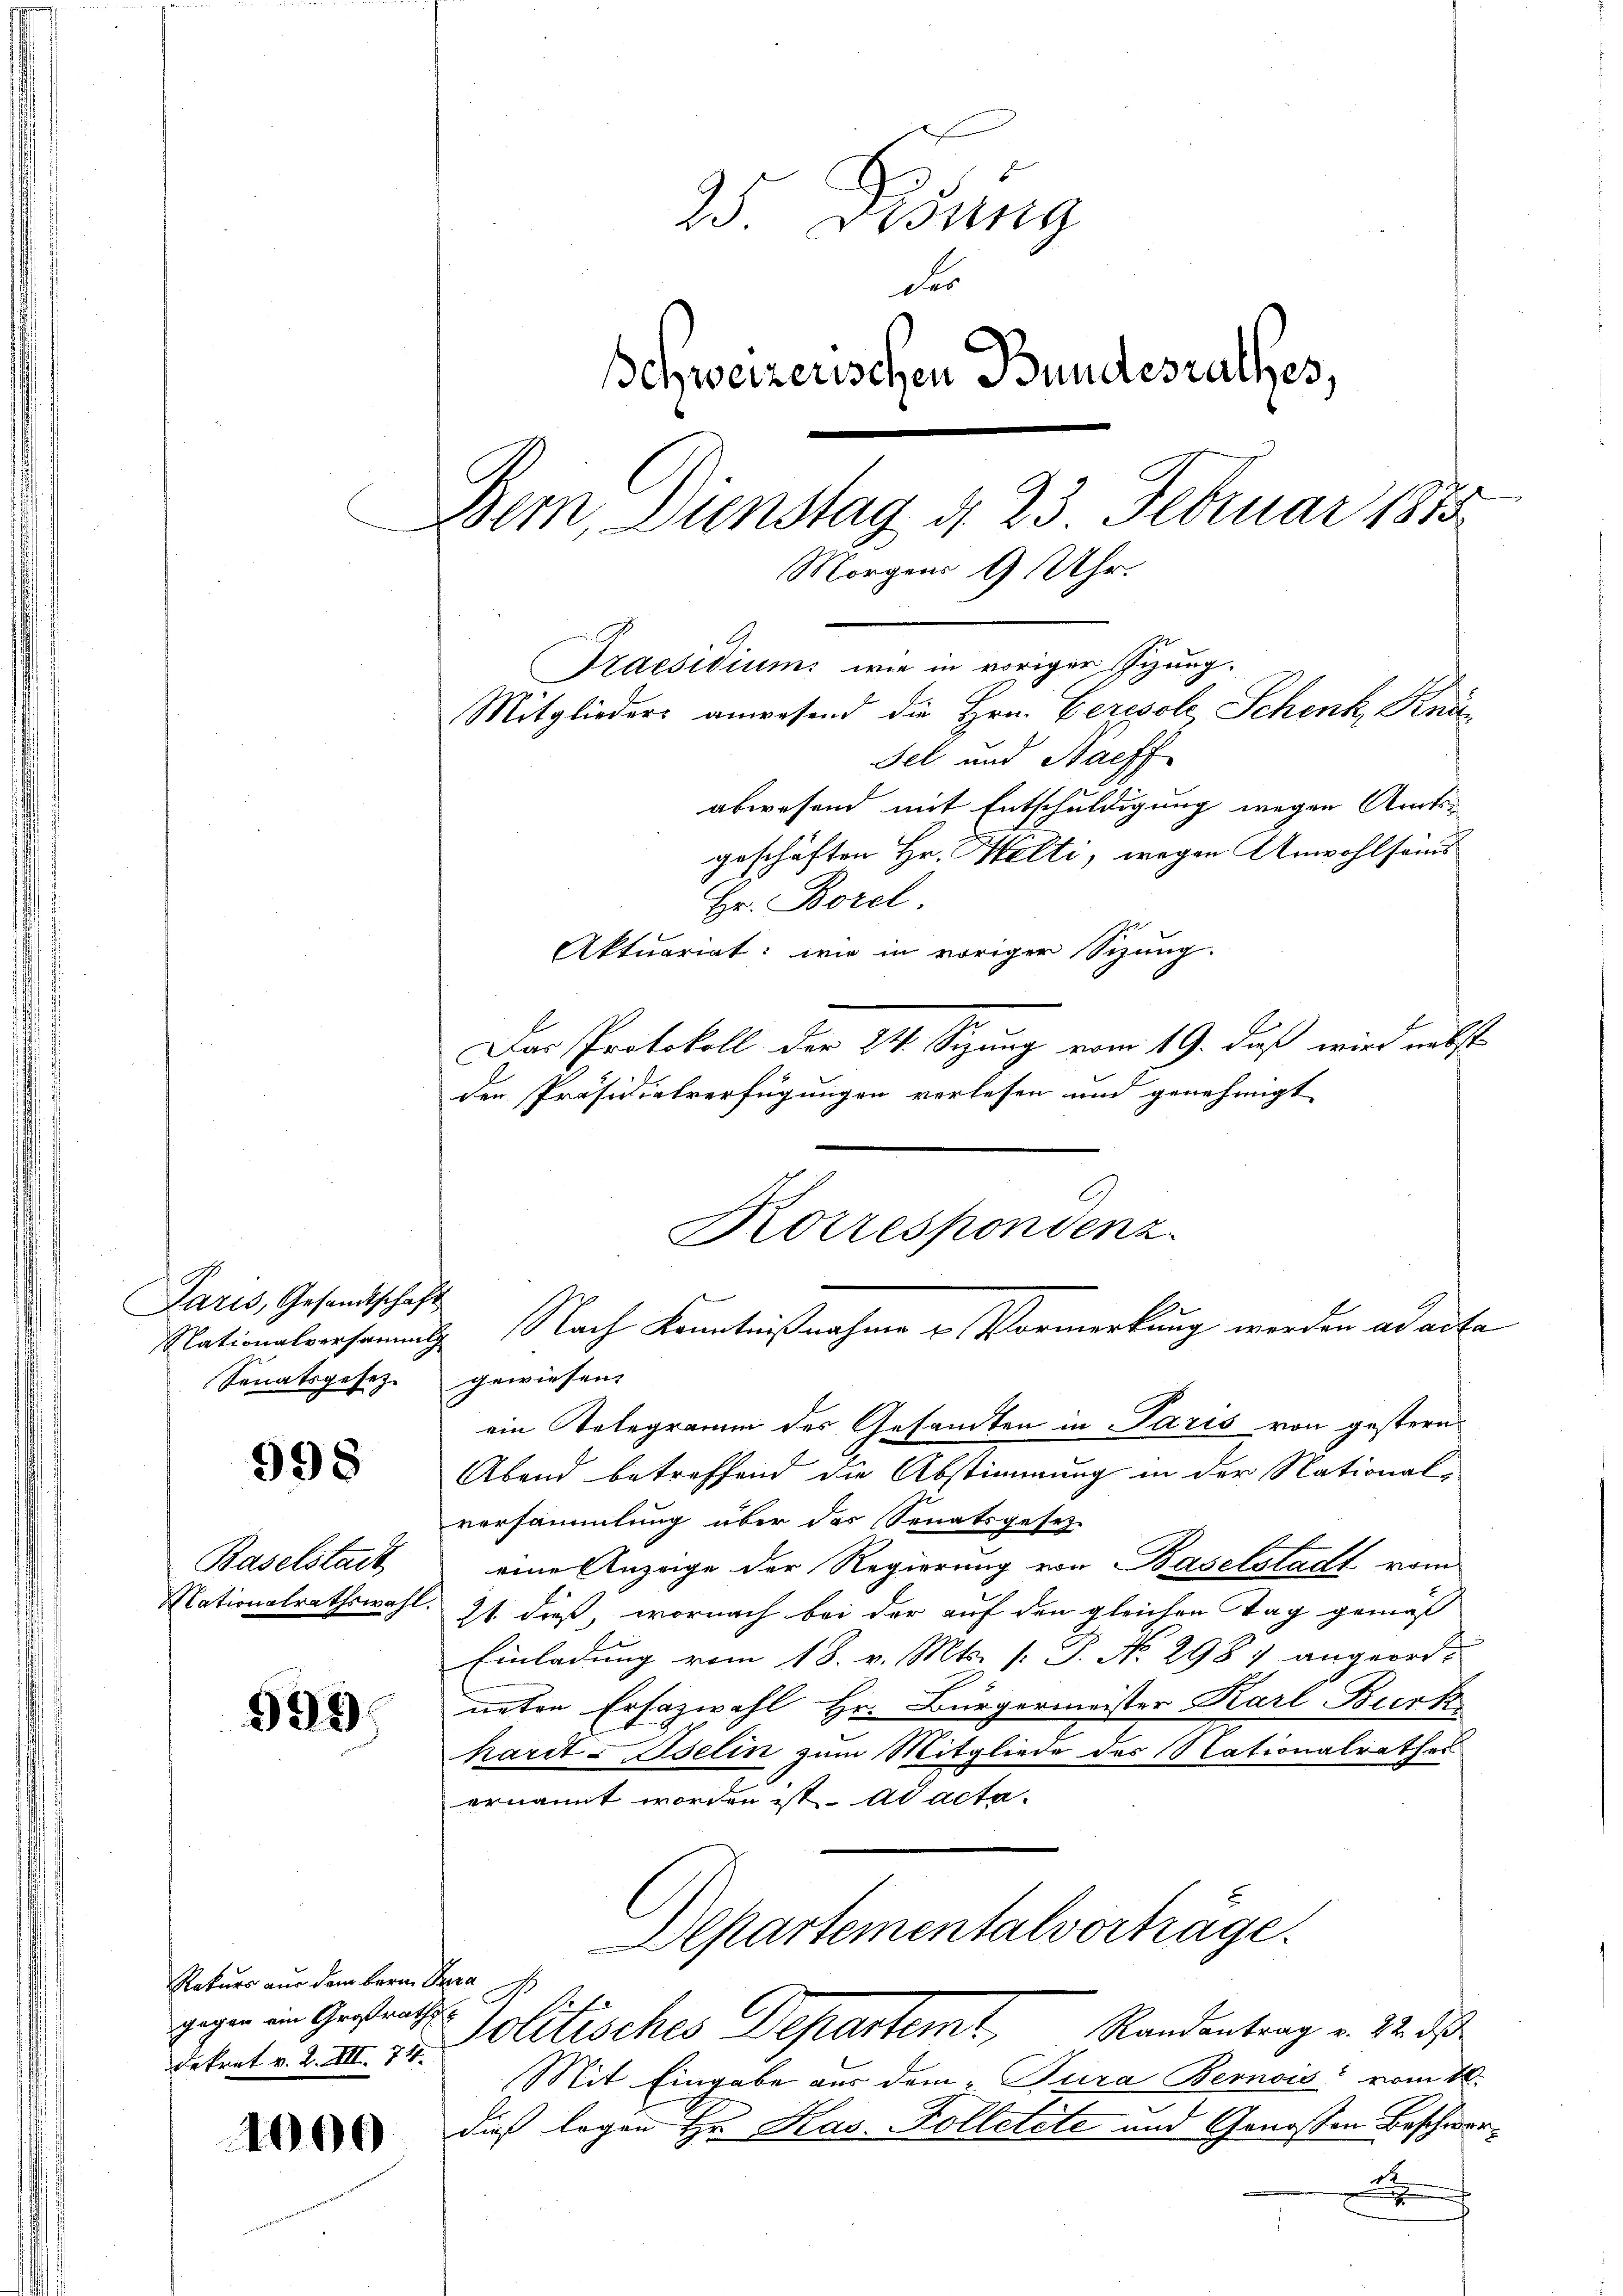
Paris, Gesandtschaft
Senatsgesez

998

Baselstadt
Nationalrathswahl

999.

1000

25. Desung
der
Schweizerischen Bundesrathes,
Dein Dienstag d. 23 Februar 1873
Morgens 9 Uhr.
Praesidium wie in voriger Igung.
Mitglieders anwesend die Hrn. Ceresole Schenk, Kna¬
Fel und Nachf
abwesend mit Entschuldigung wegen Amtsgeschäften Hr. Welti, wegen Anwohlseins
Hr. Borel.
Aktuariat: wie in voriger Sitzung.
Das Protokoll der 24. Sitzung vom 19. daß wird nebst
den Präsidialverfügungen verlesen und genehmigt

Rekurs aus dem Bern Para
gegen ein Großraths-
dekret v. 2. XII. 74.

gewiesen.
ein Telegramm des Gesandten in Paris von gestern
Abend betreffend die Abstimmung in der National-
versammlung über das Senatsgesetz
eine Anzeige der Regierung von Baselstadt vom
 21 dieß, wornach bei der auf den gleichen Tag gemäß
Einladung vom 18. v. Mts. v. P. No 2987 angeord-
neten Ersazwahl Hr. Bürgermeister Karl Burk
hardt - Iselin zum Mitgliede des Nationalrathes
ernannt worden ist. ad acta.
Departementalverträge.
Politisches Departemt, Randentrag u. 3. d
Mit Eingabe aus dem Tura Bernois“ vom 18.
dies logen Hr. Kas. Kolletete und Genossen Beschwerde
x

Korrespondenz.
Nationalversammt Nach Kenntnißnahme u. Vormerkung werden ad acte